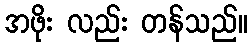
အဖိုး လည်း တန်သည်။